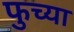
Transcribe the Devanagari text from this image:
फुच्या